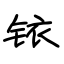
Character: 铱